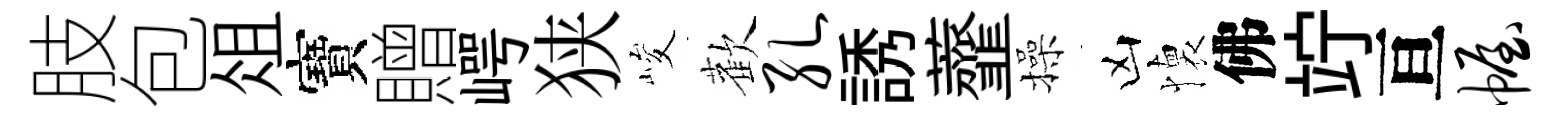
肢包俎寶贈崿狭峻歡孔誘虀操凶懐佛竚亘幄